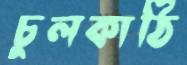
চুলকাঠি